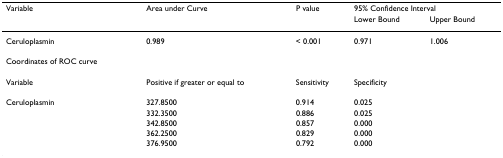
<table><thead><tr><td><b>Variable</b></td><td><b>Area under Curve</b></td><td><b>P value</b></td><td colspan="2"><b>95% Confidence Interval</b></td></tr><tr><td></td><td></td><td></td><td><b>Lower Bound</b></td><td><b>Upper Bound</b></td></tr></thead><tbody><tr><td>Ceruloplasmin</td><td>0.989</td><td>&lt; 0.001</td><td>0.971</td><td>1.006</td></tr><tr><td>Coordinates of ROC curve</td><td></td><td></td><td></td><td></td></tr><tr><td>Variable</td><td>Positive if greater or equal to</td><td>Sensitivity</td><td>Specificity</td><td></td></tr><tr><td>Ceruloplasmin</td><td>327.8500</td><td>0.914</td><td>0.025</td><td></td></tr><tr><td></td><td>332.3500</td><td>0.886</td><td>0.025</td><td></td></tr><tr><td></td><td>342.8500</td><td>0.857</td><td>0.000</td><td></td></tr><tr><td></td><td>362.2500</td><td>0.829</td><td>0.000</td><td></td></tr><tr><td></td><td>376.9500</td><td>0.792</td><td>0.000</td><td></td></tr></tbody></table>